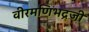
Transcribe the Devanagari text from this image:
वीरमणिभद्रजी